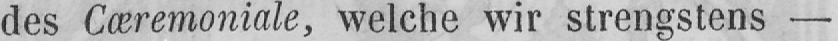
des Cæremoniale, welche wir strengstens -